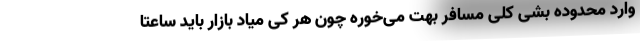
وارد محدوده بشی کلی مسافر بهت می‌خوره چون هر کی میاد بازار باید ساعتا